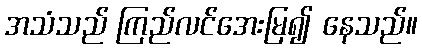
အသံသည် ကြည်လင်အေးမြ၍ နေသည်။